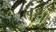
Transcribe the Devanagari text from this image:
तंथ